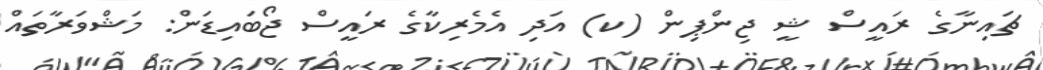
ޗައިނާގެ ރައީސް ޝީ ޖިންޕިން (ކ) އަދި އެމެރިކާގެ ރައީސް ޖޯބައިޑަން: މަޝްވަރާތައް